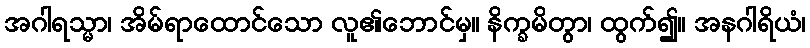
အဂါရသ္မာ၊ အိမ်ရာထောင်သော လူ၏ဘောင်မှ။ နိက္ခမိတွာ၊ ထွက်၍။ အနဂါရိယံ၊